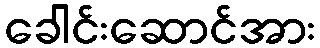
ခေါင်းဆောင်အား